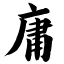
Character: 庸